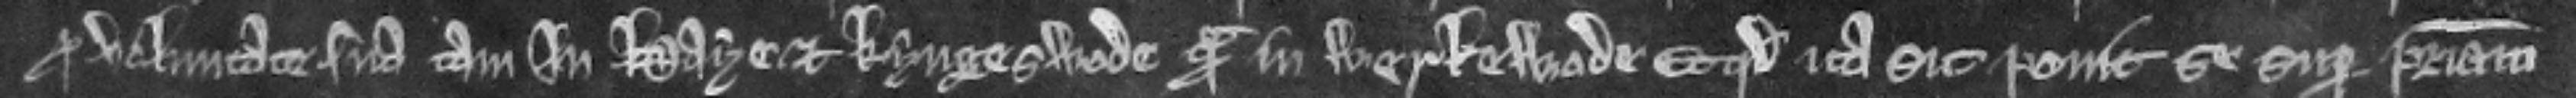
pro voluntate sua tam in Haye et Kyngeswode quam in Werkewode Et quod ita sit ponit se super patriam